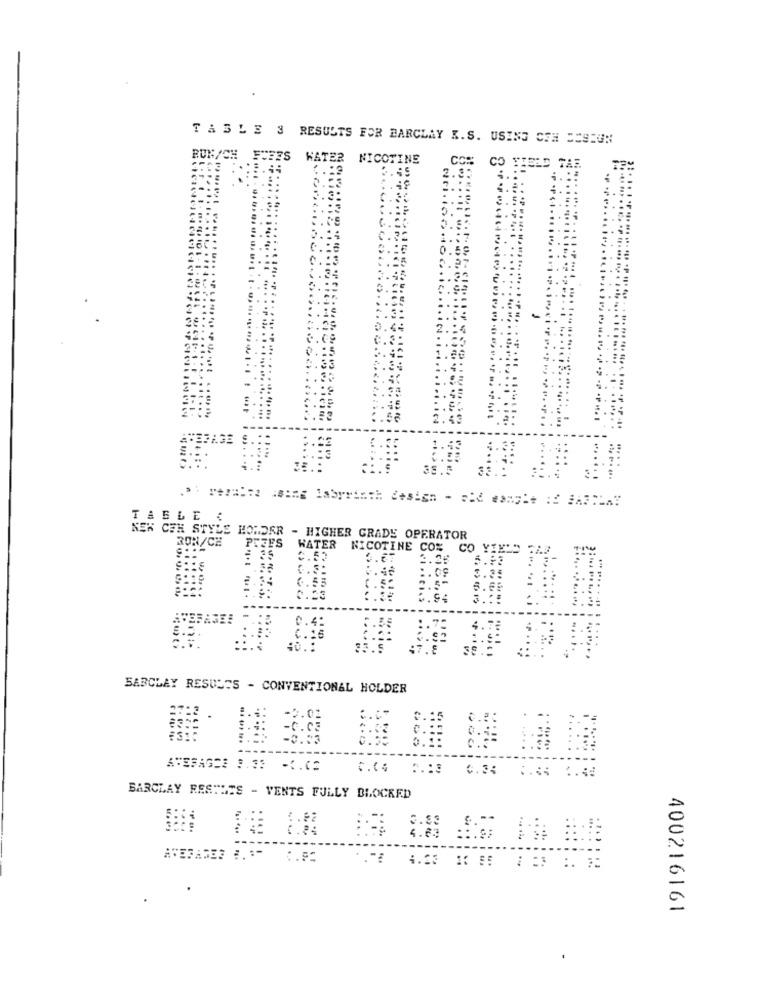
T ASLE 3 RESULTS FOR BARCLAY K.S. USING COM DESIGN
BUNACH
WATER
NICOTINE
COM:
2.35
CO YIELD TAR
.. .
....
4. :
3.5:
2.53
0.5
:. ..
3.41
.4
:. 35
0.98
i.ici.i
0 .:
2.49
TABLE :
NEW CER STYLE LOWDER - HIGHER GRADE OPERATOR
RON/CH
PREFS
WATER
NICOTINE CO%
0.23
BARCLAY RESULTS - CONVENTIONAL HOLDER
AVERAGEE 0. 33 -C. (3
BARCLAY RESTLES - VENTS FULLY BLOCKED
...
AVERAGES # .: " C.52
400216161